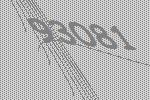
93081